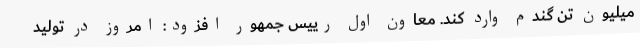
میلیون تن گندم وارد کند. معاون اول رییس جمهور افزود: امروز در تولید